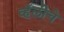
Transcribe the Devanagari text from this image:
व्हॅलीचे